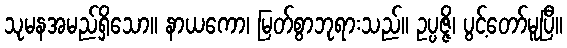
သုမနအမည်ရှိသော။ နာယကော၊ မြတ်စွာဘုရားသည်။ ဥပ္ပဇ္ဇိ၊ ပွင့်တော်မူပြီ။